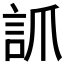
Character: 𧦐